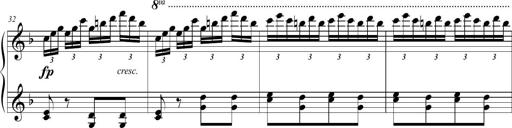
Title: 2 Sonatines faciles et brillantes pour le piano-forte seul
Composer: Carl Czerny